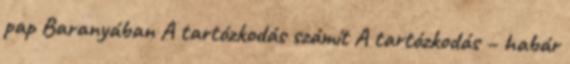
pap Baranyában A tartózkodás számít A tartózkodás – habár